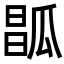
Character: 𤬆